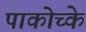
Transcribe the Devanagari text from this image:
पाकोच्के